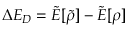
\Delta E _ { D } = \tilde { E } [ \tilde { \rho } ] - \tilde { E } [ \rho ]